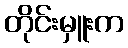
တိုင်းမှူးက